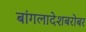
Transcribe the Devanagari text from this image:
बांगलादेशबरोबर